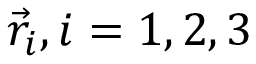
{ \vec { r } } _ { i } , i = 1 , 2 , 3